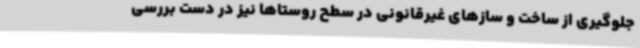
جلوگیری از ساخت و سازهای غیرقانونی در سطح روستاها نیز در دست بررسی